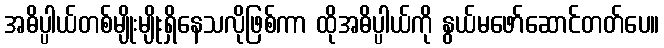
အဓိပ္ပါယ်တစ်မျိုးမျိုးရှိနေသလိုဖြစ်ကာ ထိုအဓိပ္ပါယ်ကို နွယ်မဖော်ဆောင်တတ်ပေ။